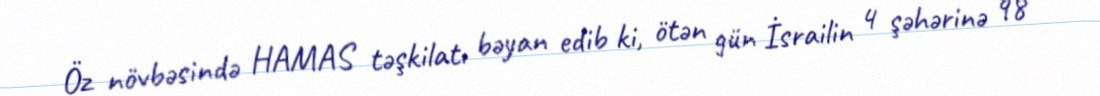
Öz növbəsində HAMAS təşkilatı bəyan edib ki, ötən gün İsrailin 4 şəhərinə 98